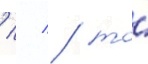
/ / / то́